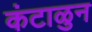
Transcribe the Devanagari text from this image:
कंटाळुन